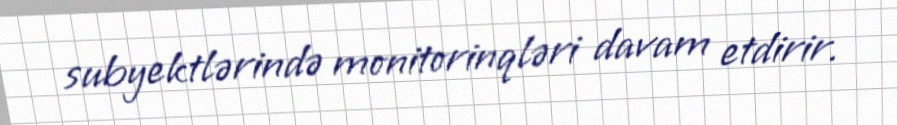
subyektlərində monitorinqləri davam etdirir.